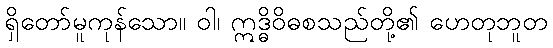
ရှိတော်မူကုန်သော။ ဝါ၊ ဣဒ္ဓိဝိဓစသည်တို့၏ ဟေတုဘူတ